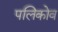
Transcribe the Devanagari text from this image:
पलिकोव